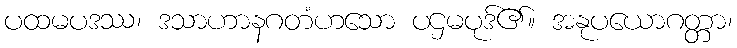
ပထမပဒဿ၊ ဒသာဟာနဂတံဟသော ပဌမပုဒ်၏။ အနုပယောဂတ္တာ၊